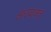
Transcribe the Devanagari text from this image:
अधयावत